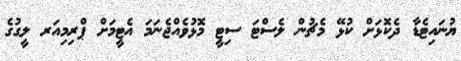
ޔުނައިޓެޑާ ދެކޮޅަށް ކުޅޭ މެޗުން ލެސްޓަ ސިޓީ މޮޅުވެއްޖެނަމަ އެޓީމަށް ޕްރިމިއަރ ލީގުގެ